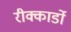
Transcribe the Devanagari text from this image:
रीक्कार्डो